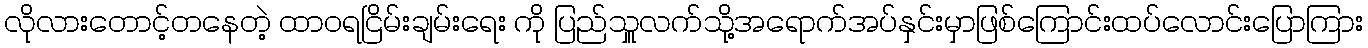
လိုလားတောင့်တနေတဲ့ ထာဝရငြိမ်းချမ်းရေး ကို ပြည်သှူလက်သို့အရောက်အပ်နှင်းမှာဖြစ်ကြောင်းထပ်လောင်းပြောကြား